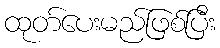
ထုတ်ပေးမည်ဖြစ်ပြီး